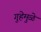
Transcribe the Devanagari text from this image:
गुहेमुळे